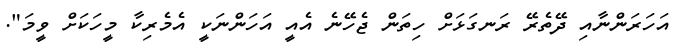
އަހަރަންނާއި ދޭތެރޭ ރަނގަޅަށް ހިތަން ޖެހޭނެ އެއީ އަހަންނަކީ އެމެރިކާ މީހަކަށް ވީމަ".